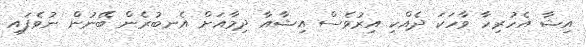
އިޝާ އެހުރިހާ ވާހަކަ ދެއްކި އިރުވެސް އިޝާއާ ދިމާއަށް އެނބުރެން ބޭނުން ނުވެފައި